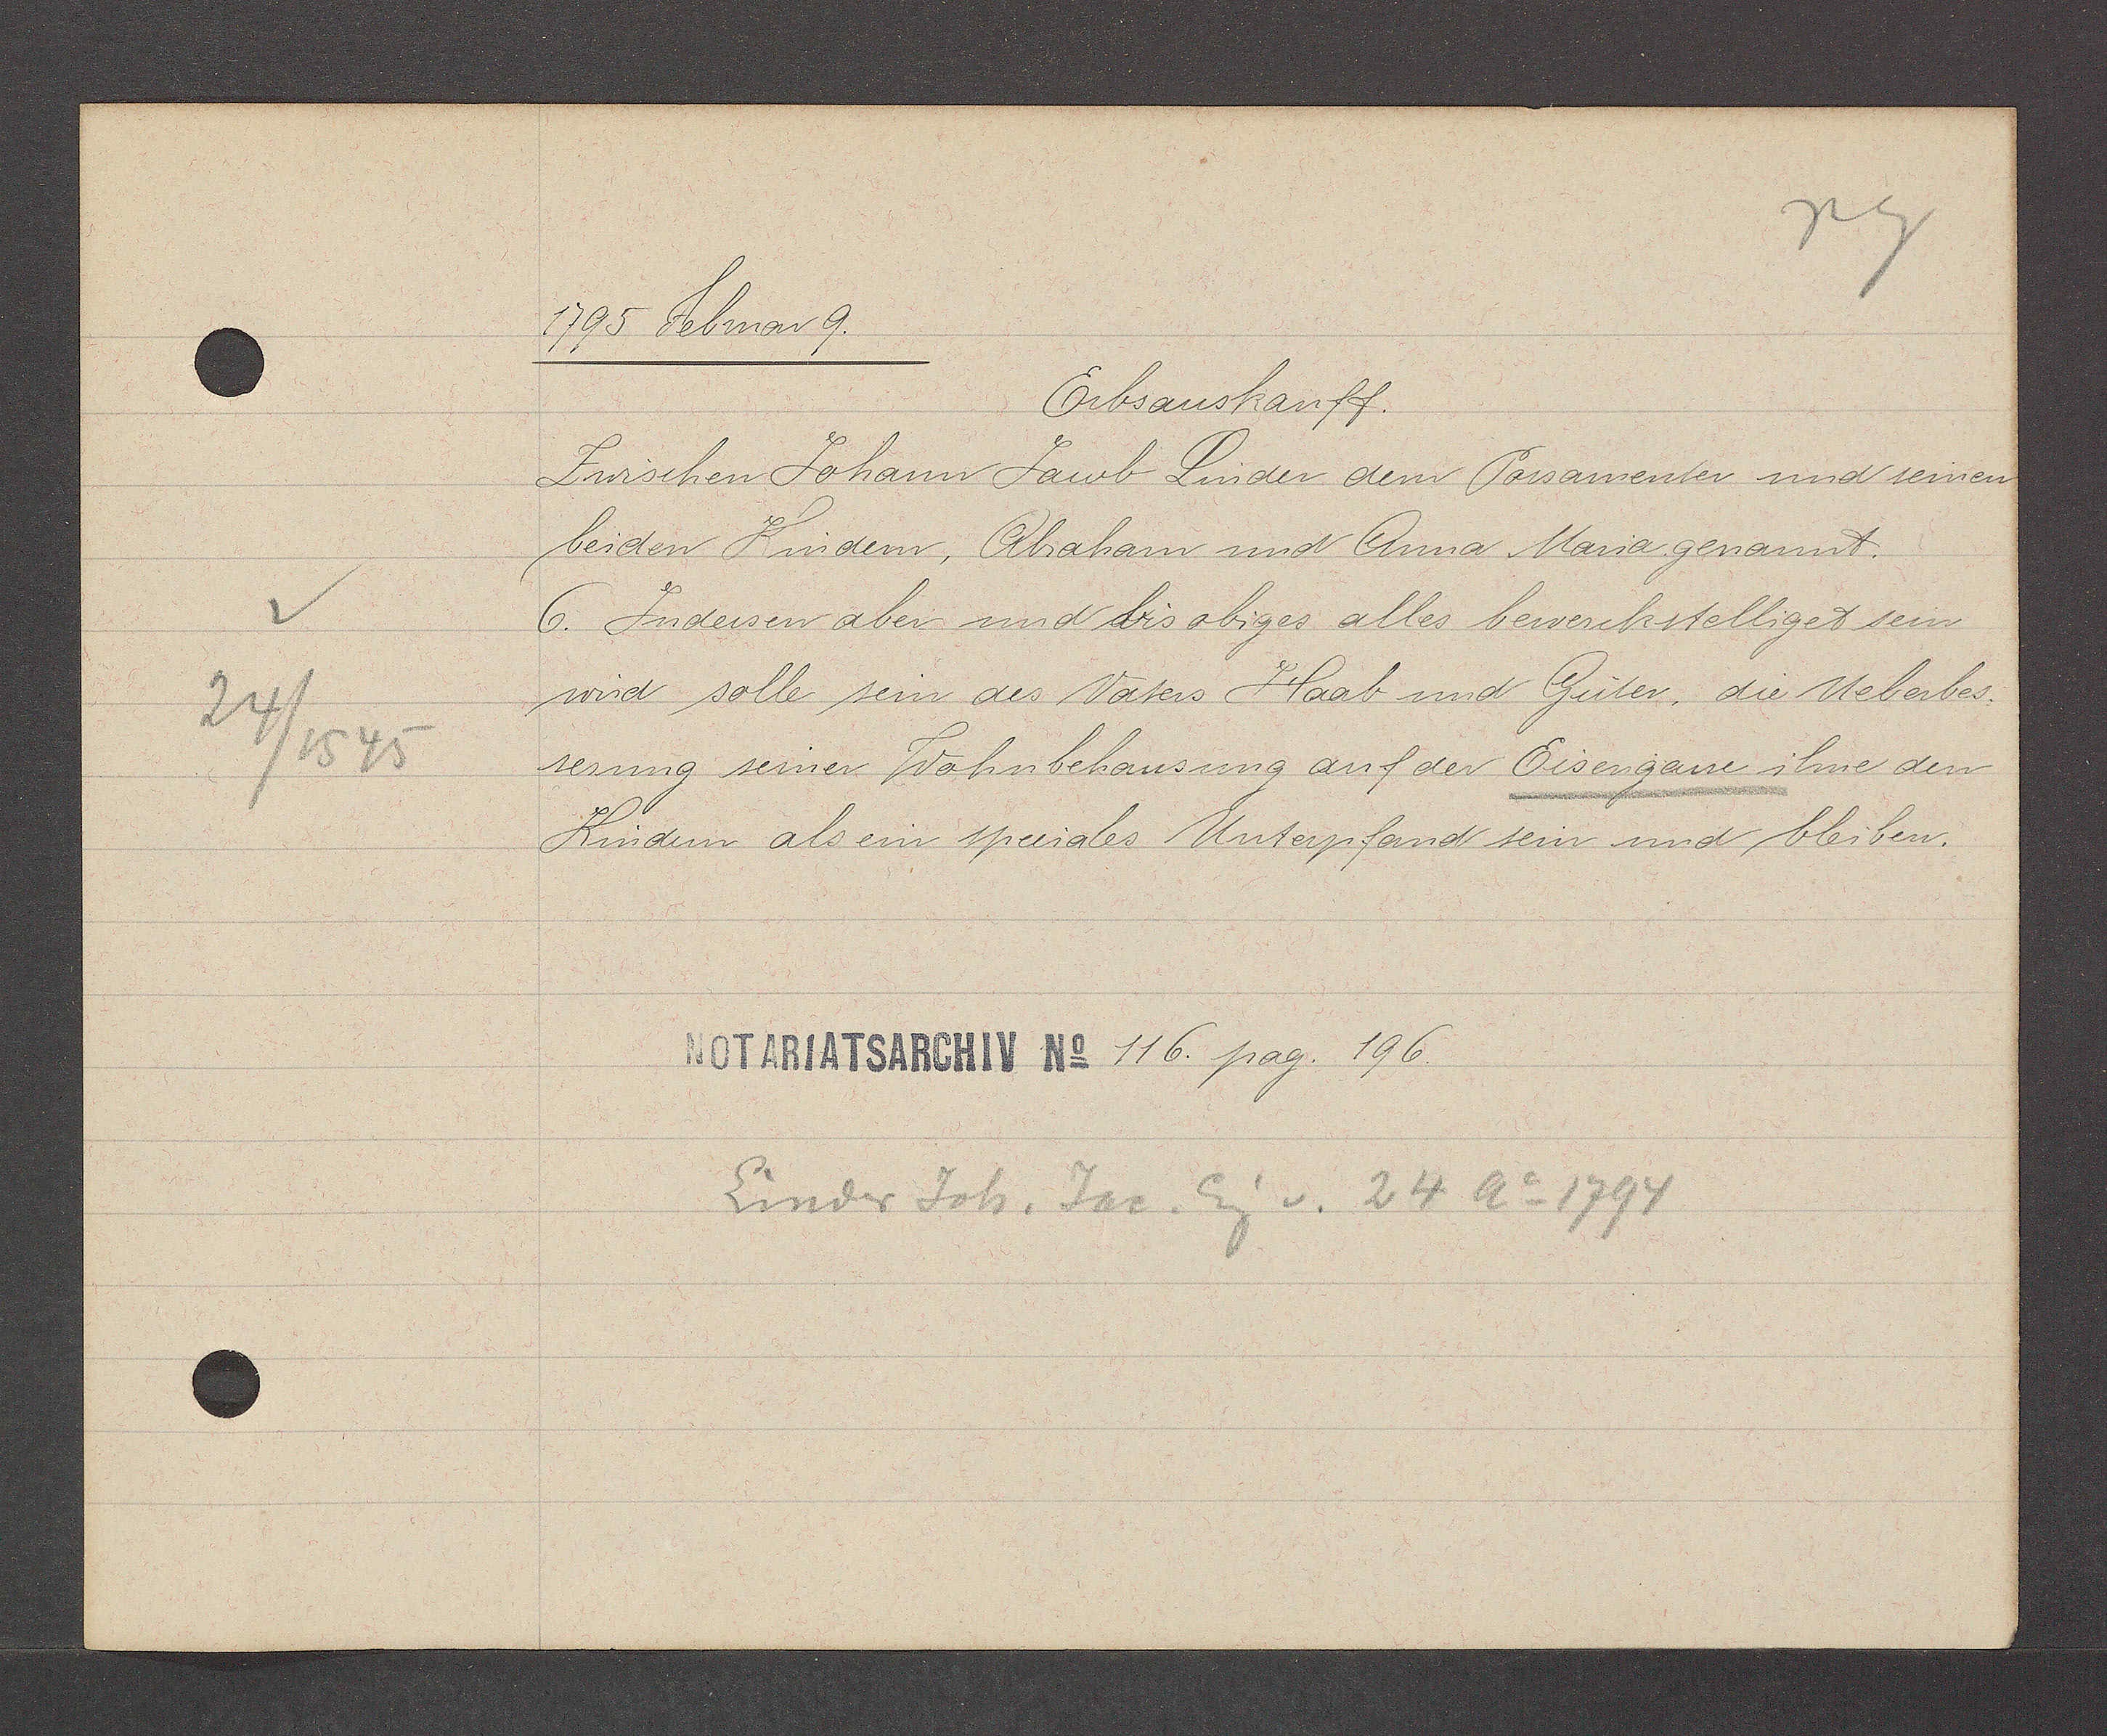
Transcript:
24/1545

1795 Februar 9.
Erbsauskauff.
Zwischen Johann Jacob Linder dem Porsamenter und seinen
beiden Kindern, Abraham und Anna Maria genannt.
6. Indersen aber und bis obiges alles bewerckstelliget sein
wird solle sein des Vaters Haab und Guter, die Ueberbes.
serung seiner Wohubehausung auf der Eisengasse ihne den
Kindern als ein speciales Untapfand sein und bleiben.
116. pag. 106.
Linder Joh. Jac Eg v. 24 Ao 1794